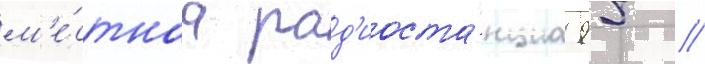
м'е́стнаа рад'иоста́нциа 95 //